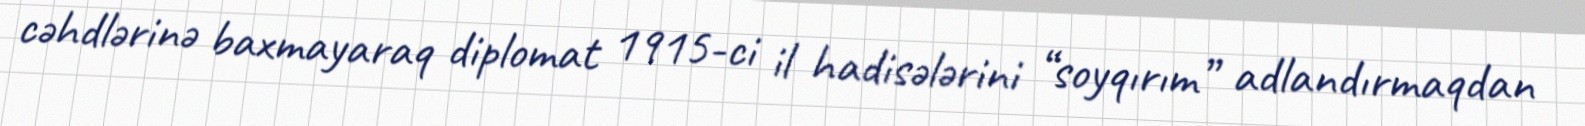
cəhdlərinə baxmayaraq diplomat 1915-ci il hadisələrini “soyqırım” adlandırmaqdan